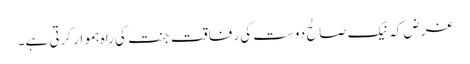
غرض کہ نیک صالح دوست کی رفاقت جنت کی راہ ہموار کرتی ہے۔